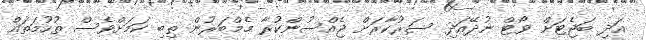
އަދި ބަޖެޓަށް ވޯޓް ނުދޭއަދި ސަރުކާރަށް ޖެއްސުންކުރާ މެމްބަރުން ތިބި ކަމަށްވެސް ތުހުމަތައް